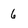
Character: 6